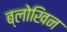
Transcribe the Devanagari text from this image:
ब्लोखिन